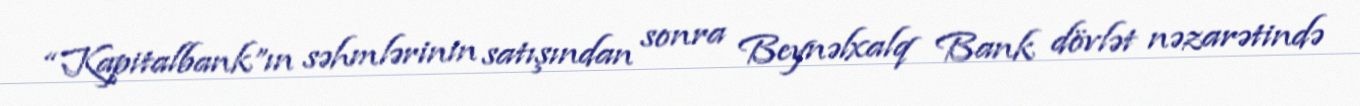
“Kapitalbank”ın səhmlərinin satışından sonra Beynəlxalq Bank dövlət nəzarətində